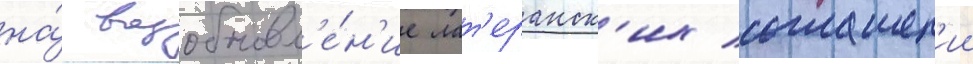
на́ возобновл'е́н'ие лат'еранск'их соглашен'ии